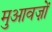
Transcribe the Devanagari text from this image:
मुआवज़ों